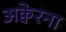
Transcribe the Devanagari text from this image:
अक्वेरना